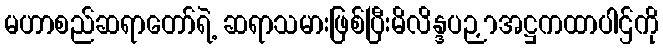
မဟာစည်ဆရာတော်ရဲ့ ဆရာသမားဖြစ်ပြီးမိလိန္ဒပဉှာအဋ္ဌကထာပါဌ်ကို